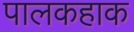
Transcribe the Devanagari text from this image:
पालकहाक